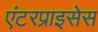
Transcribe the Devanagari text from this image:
एंटरप्राइसेस